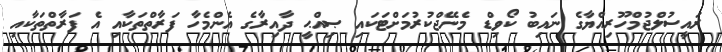
ރައީސުލްޖުމްހޫރިއްޔާގެ ނައިބު ކޯވިޑް މެނޭޖްކުރުމަށްޓަކައި ޞިއްޙީ ދާއިރާގެ އެންމެހާ ފަރާތްތަކާއި އެ ފަރާތްތަކާއި